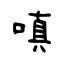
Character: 嗔